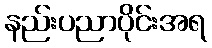
နည်းပညာပိုင်းအရ